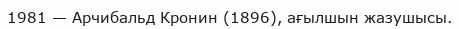
1981 — Арчибальд Кронин (1896), ағылшын жазушысы.